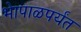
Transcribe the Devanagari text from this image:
भेापाळपर्यंत